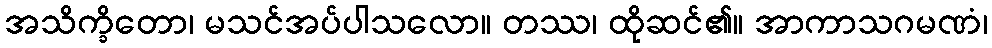
အသိက္ခိတော၊ မသင်အပ်ပါသလော။ တဿ၊ ထိုဆင်၏။ အာကာသဂမဏံ၊